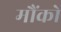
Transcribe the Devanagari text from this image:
मौंको